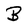
Character: B